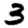
Digit: 3